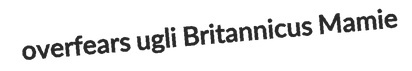
overfears ugli Britannicus Mamie